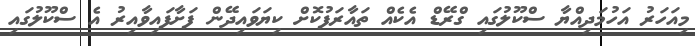
މިއަހަރު އަހުމަދިއްޔާ ސްކޫލުގައި ގްރޭޑް އެކެއް ތައާރަފުކޮށް ކިޔަވައިދޭން ފަށާފައިވާއިރު އެ ސްކޫލުގައި